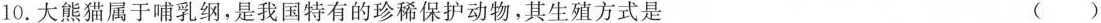
10.大熊猫属于哺乳纲，是我国特有的珍稀保护动物，其生殖方式是 ()